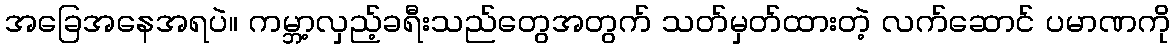
အခြေအနေအရပဲ။ ကမ္ဘာ့လှည့်ခရီးသည်တွေအတွက် သတ်မှတ်ထားတဲ့ လက်ဆောင် ပမာဏကို